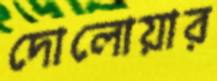
দোলোয়ার